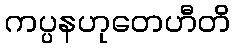
ကပ္ပနဟုတေဟီတိ